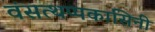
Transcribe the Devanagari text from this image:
वंसत्थप्पकासिनी